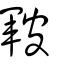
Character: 皸